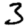
Digit: 3